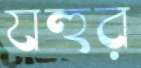
যহুর